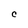
Character: C